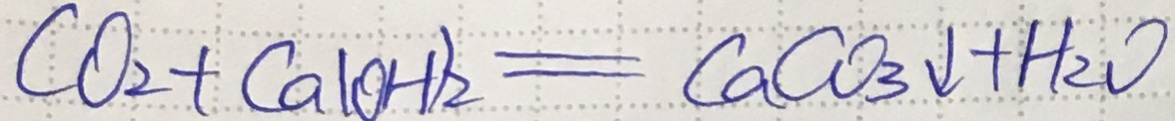
C O _ { 2 } + C a ( O H ) _ { 2 } = C a C O _ { 3 } \downarrow + H _ { 2 } O